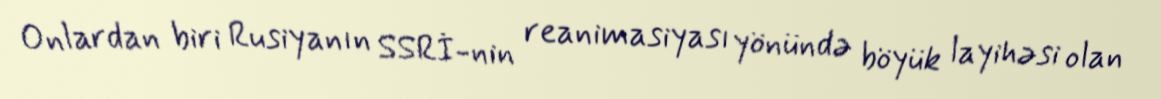
Onlardan biri Rusiyanın SSRİ-nin reanimasiyası yönündə böyük layihəsi olan